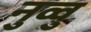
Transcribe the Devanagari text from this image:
नुव्वु